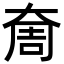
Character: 奝